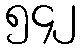
၅၄၂